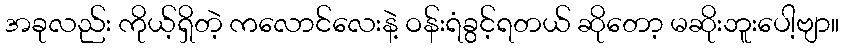
အခုလည်း ကိုယ့်ရှိတဲ့ ကလောင်လေးနဲ့ ဝန်းရံခွင့်ရတယ် ဆိုတော့ မဆိုးဘူးပေါ့ဗျာ။